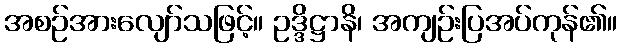
အစဉ်အားလျော်သဖြင့်။ ဥဒ္ဒိဋ္ဌာနိ၊ အကျဉ်းပြအပ်ကုန်၏။